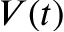
V ( t )